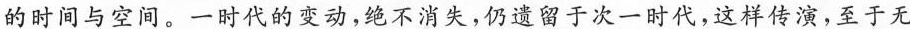
的时间与空间。一时代的变动，绝不消失，仍遗留于次一时代，这样传演，至于无